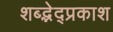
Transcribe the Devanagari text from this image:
शब्द्भेद्प्रकाश